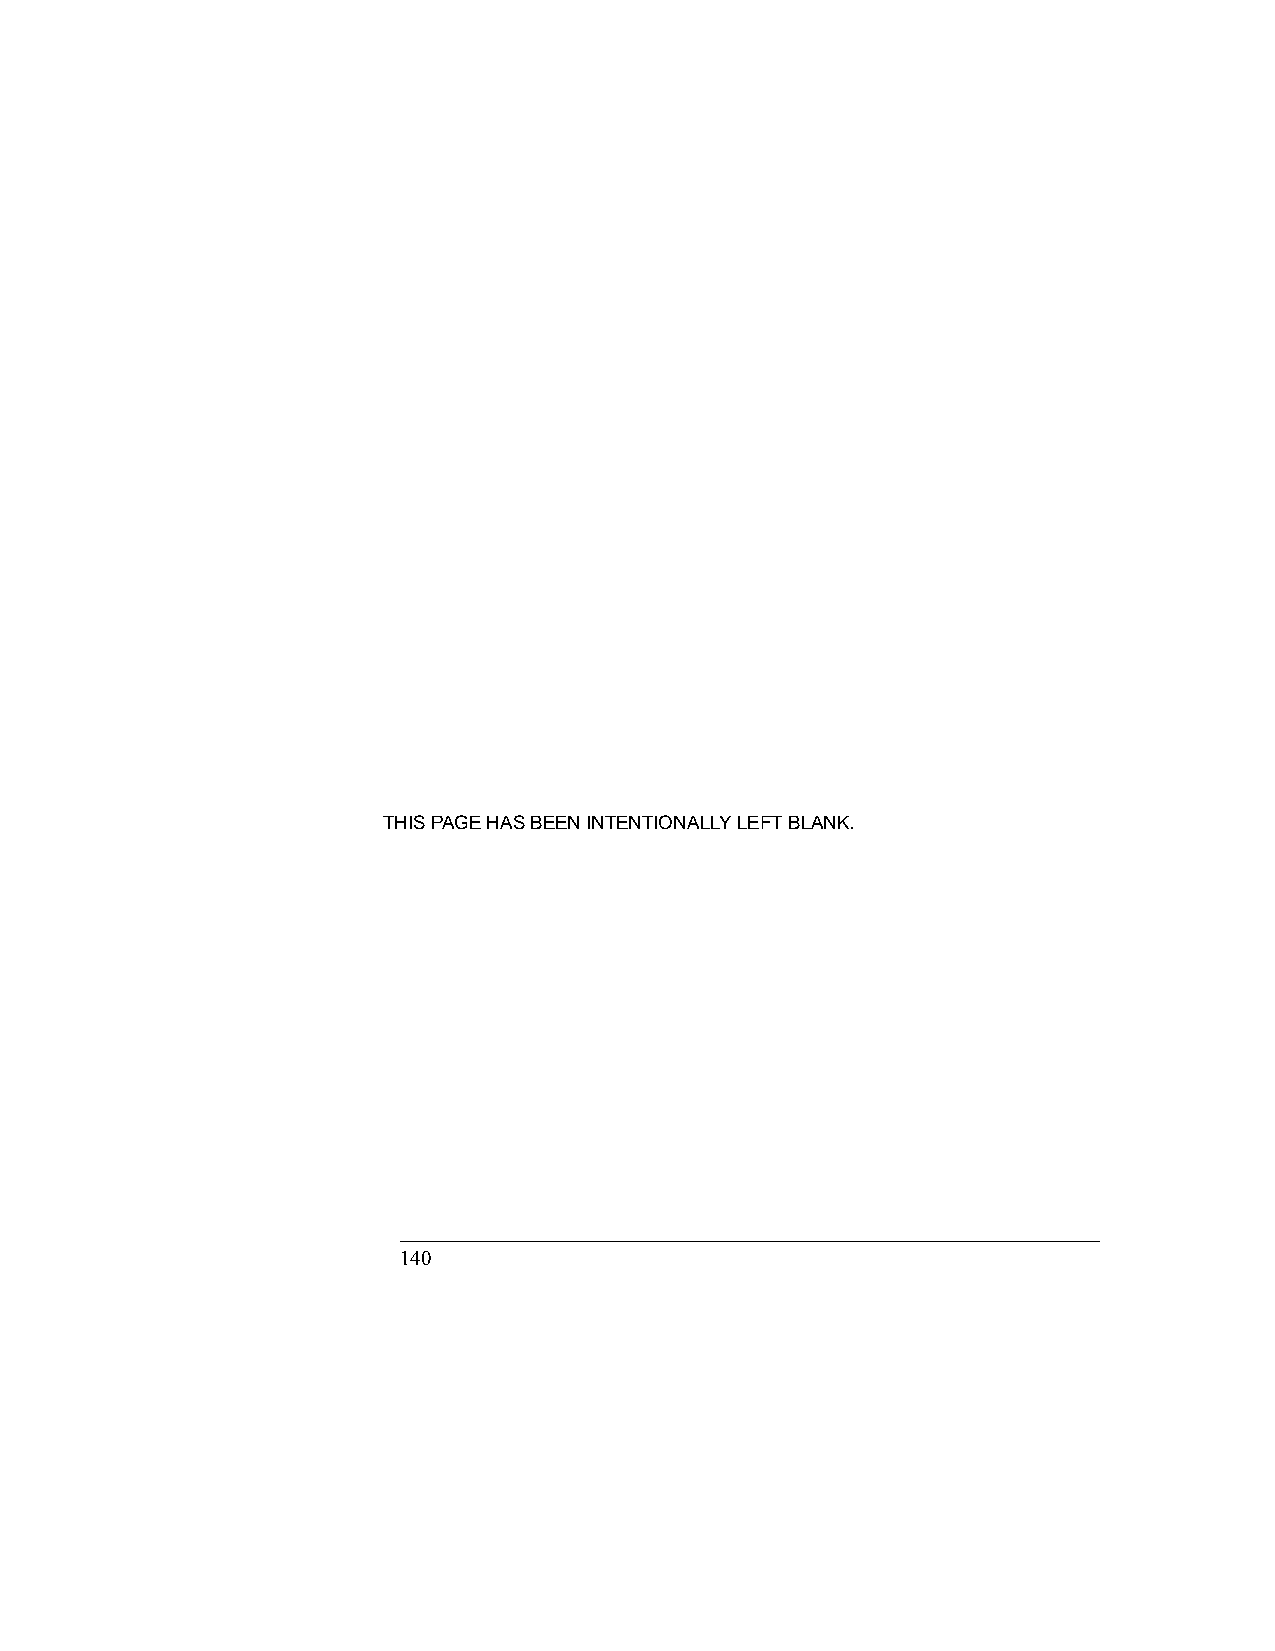
THIS PAGE HAS BEEN INTENTIONALLY LEFT BLANK.
 140                                            